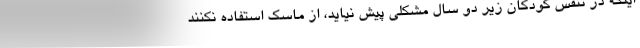
اینکه در تنفس کودکان زیر دو سال مشکلی پیش نیاید، از ماسک استفاده نکنند